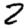
Digit: 2